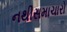
નથીસમાચારો